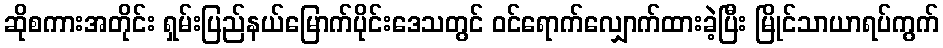
ဆိုစကားအတိုင်း ရှမ်းပြည်နယ်မြောက်ပိုင်းဒေသတွင် ဝင်ရောက်လျှောက်ထားခဲ့ပြီး မြိုင်သာယာရပ်ကွက်